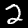
Label: 2